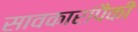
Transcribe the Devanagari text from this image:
सावकारांपैकी